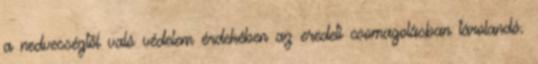
a nedvességtől való védelem érdekében az eredeti csomagolásban tárolandó.